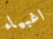
اغبياء